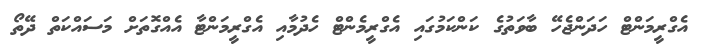
އެގްރީމަންޓް ހަދަންޖެހޭ ބާވަތުގެ ކަންކަމުގައި އެގްރީމެންޓް ހެދުމާއި އެގްރީމަންޓާ އެއްގޮތަށް މަސައްކަތް ދޭތޯ